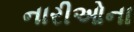
નારીઓના